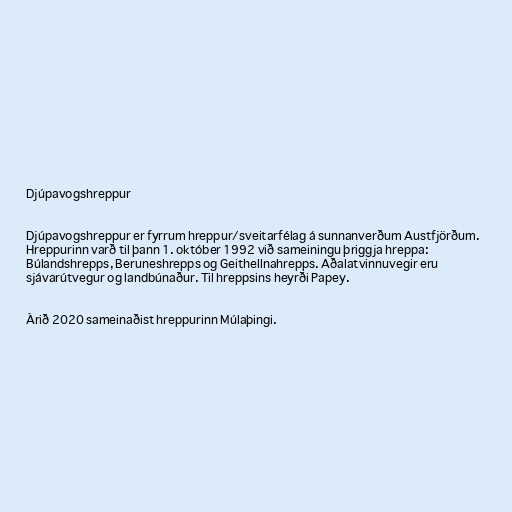
Djúpavogshreppur

Djúpavogshreppur er fyrrum hreppur/sveitarfélag á sunnanverðum Austfjörðum.
Hreppurinn varð til þann 1. október 1992 við sameiningu þriggja hreppa:
Búlandshrepps, Beruneshrepps og Geithellnahrepps. Aðalatvinnuvegir eru
sjávarútvegur og landbúnaður. Til hreppsins heyrði Papey.

Árið 2020 sameinaðist hreppurinn Múlaþingi.